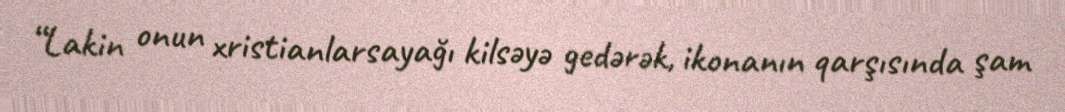
“Lakin onun xristianlarsayağı kilsəyə gedərək, ikonanın qarşısında şam